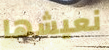
نعيشها